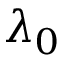
\lambda _ { 0 }